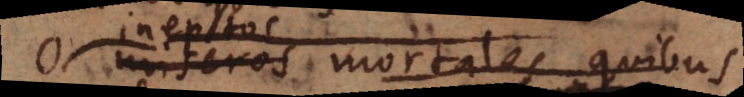
O miseros mortales, quibus